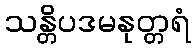
သန္တိပဒမနုတ္တရံ